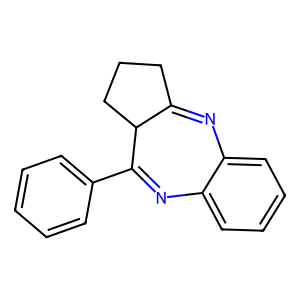
SMILES: c1ccc(C2=Nc3ccccc3N=C3CCCC32)cc1
Inhibits HIV replication: No